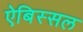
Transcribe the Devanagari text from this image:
ऐबिस्सल